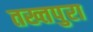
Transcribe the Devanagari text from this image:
तख्तपुरा